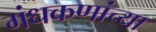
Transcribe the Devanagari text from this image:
गंधकणांच्या